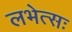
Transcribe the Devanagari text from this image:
लभेत्सः